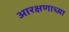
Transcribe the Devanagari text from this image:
आरक्षणाच्य़ा